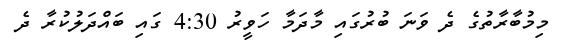
މިމުބާރާތުގެ ދެ ވަނަ ބުރުގައި މާދަމާ ހަވީރު 4:30 ގައި ބައްދަލުކުރާ ދެ